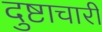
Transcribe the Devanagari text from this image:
दुष्टाचारी